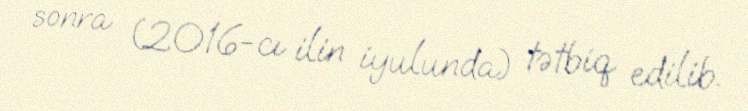
sonra (2016-cı ilin iyulunda) tətbiq edilib.